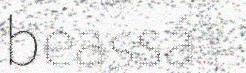
beassá